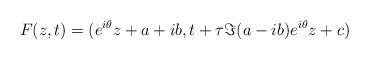
LaTeX: \begin{align*} F(z,t)=(e^{i\theta} z+a+ib, t +\tau \Im (a-ib)e^{i\theta} z +c)\end{align*}